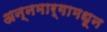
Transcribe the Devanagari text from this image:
अन्नमार्गामधून